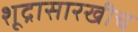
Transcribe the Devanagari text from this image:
शूद्रासारखीच